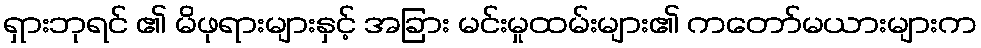
ရှားဘုရင် ၏ မိဖုရားများနှင့် အခြား မင်းမှုထမ်းများ၏ ကတော်မယားများက